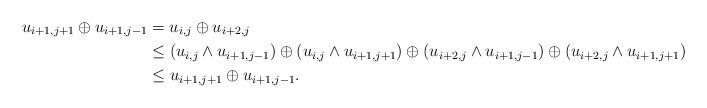
LaTeX: \begin{align*}u_{i + 1, j + 1} \oplus u_{i + 1, j - 1} &= u_{i, j} \oplus u_{i + 2, j} \\&\leq (u_{i,j} \wedge u_{i + 1, j - 1}) \oplus (u_{i,j} \wedge u_{i + 1, j + 1}) \oplus (u_{i + 2,j} \wedge u_{i + 1, j - 1}) \oplus (u_{i + 2,j} \wedge u_{i + 1, j + 1}) \\&\leq u_{i + 1, j + 1} \oplus u_{i + 1, j - 1}.\end{align*}